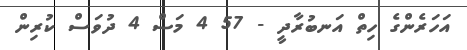
އަހަރެންގެ ހިތް އަނބުރާދީ - 57 4 މަސް 4 ދުވަސް ކުރިން